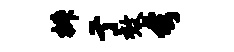
椒亍效夸